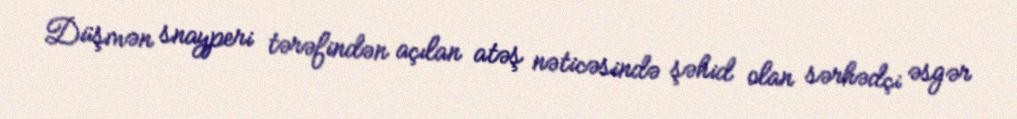
Düşmən snayperi tərəfindən açılan atəş nəticəsində şəhid olan sərhədçi əsgər